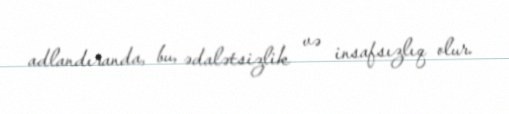
adlandıranda, bu, ədalətsizlik və insafsızlıq olur.